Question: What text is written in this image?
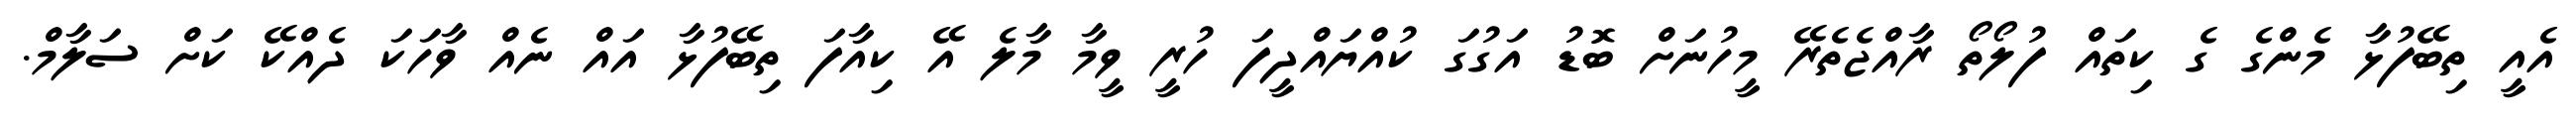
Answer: އެއީ ތިބޭފުޅާ މެންގެ ގެ ކިތައް ފުލޯތޯ ރާއްޖެތެރޭ މީހުނަށް ބޮޑު އަގުގަ ކުއްޔައްދީފަ ހުރީ ވީމާ މާލެ އޭ ކިއާފަ ތިބޭފުޅާ އައް ނެއް ވާހަކަ ދެއްކޭ ކަށް ސަލާމް.